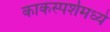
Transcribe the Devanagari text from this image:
काकस्पर्शमध्ये